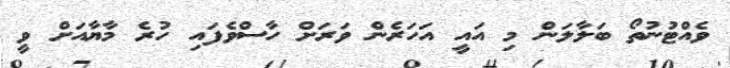
ވެއްޓުނުތޯ ބަލާލަން މި އައީ އަހަރެން ވަރަށް ހާސްވެފައި ހުރެ މާޔާއަށް ވީ